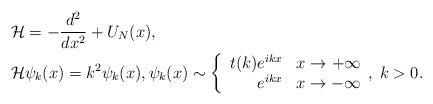
LaTeX: \begin{align*} &\mathcal{H}=-\frac{d^2}{dx^2}+U_N(x), \\ & \mathcal{H}\psi_k(x)=k^2 \psi_k(x), \psi_k(x)\sim \left\{\begin{array}{rc}t(k)e^{ikx} & x\to +\infty\\e^{ikx} & x\to -\infty \end{array},\right.k>0.\end{align*}